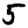
Digit: 5